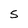
Character: S